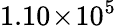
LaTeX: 1.10\! \times\! 10^{5}